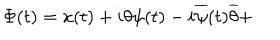
\Phi ( t ) = x ( t ) + i \theta \psi ( t ) - i \overline { { { \psi } } } ( t ) \overline { { { \theta } } } +